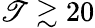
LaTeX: \mathscr{T}\gtrsim20